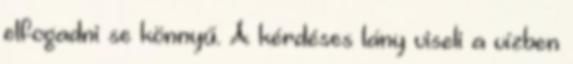
elfogadni se könnyű. A kérdéses lány viseli a vízben